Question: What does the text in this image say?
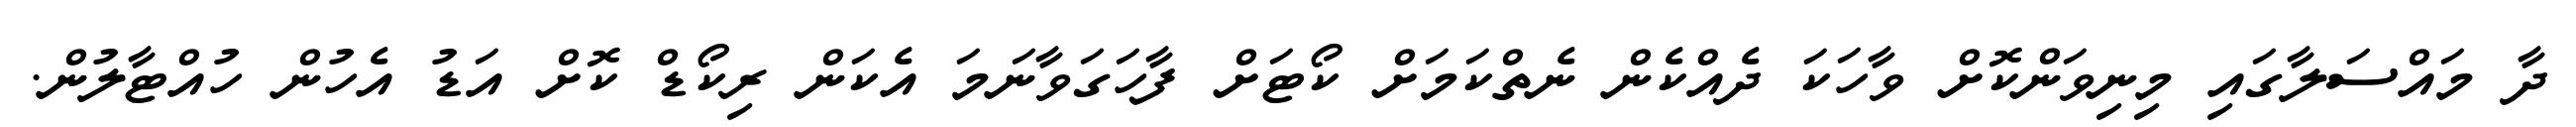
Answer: ދާ މައްސަލާގައި މިނިވަންކޮށް ވާހަކަ ދެއްކެން ނެތްކަމަށް ކޯޓަށް ފާހަގަވާނަމަ އެކަން ރިކޯޑް ކޮށް އަޑު އެހުން ހުއްޓާލުން.